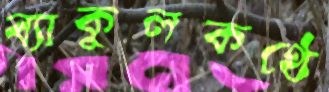
ব্যাকুলকণ্ঠে